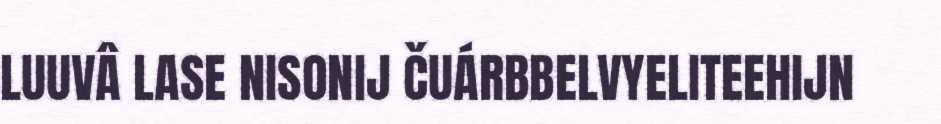
LUUVÂ LASE NISONIJ ČUÁRBBELVYELITEEHIJN